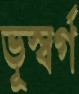
ভূস্বর্গ